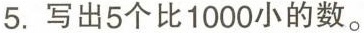
5.写出5个比1000小的数。